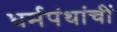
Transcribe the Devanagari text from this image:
धर्मपंथांचीं